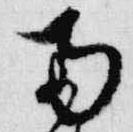
南